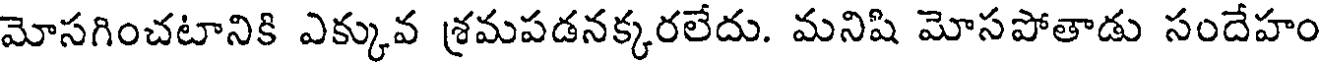
మోసగించటానికి ఎక్కువ శ్రమపడనక్కరలేదు. మనిషి మోసపోతాడు సందేహం